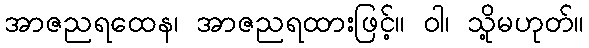
အာဇညရထေန၊ အာဇညရထားဖြင့်။ ဝါ၊ သို့မဟုတ်။